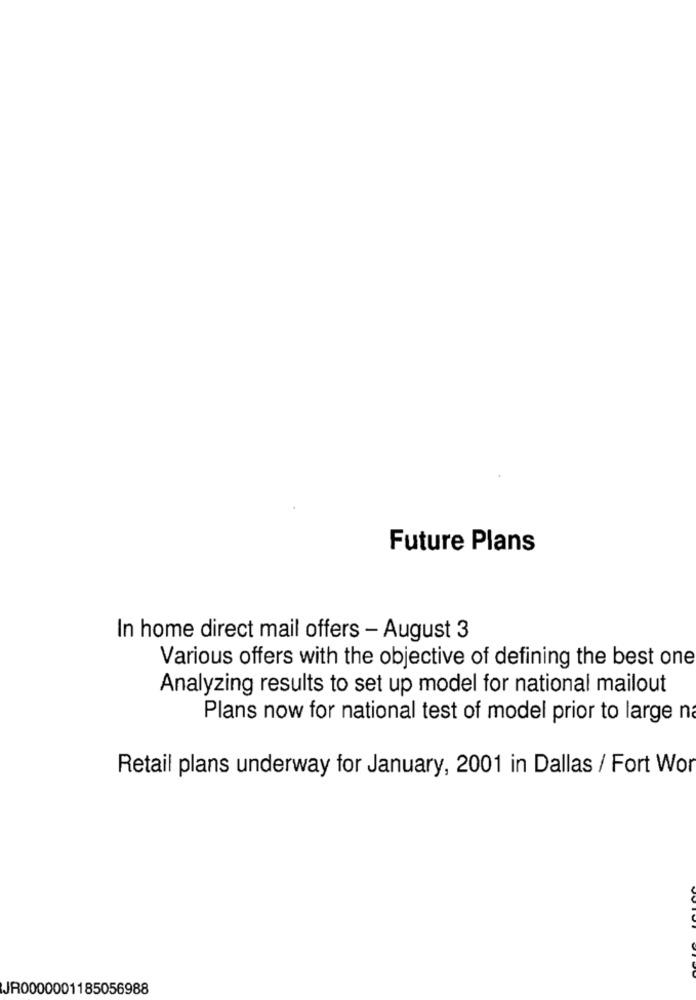
Future Plans
In home direct mail offers - August 3
Various offers with the objective of defining the best one
Analyzing results to set up model for national mailout
Plans now for national test of model prior to large na
Retail plans underway for January, 2001 in Dallas / Fort Wor
JR0000001185056988